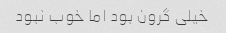
خیلی گرون بود اما خوب نبود